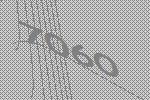
7060